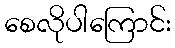
စေလိုပါကြောင်း